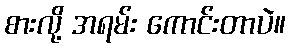
စားလို့ အရမ်း ကောင်းတာပဲ။